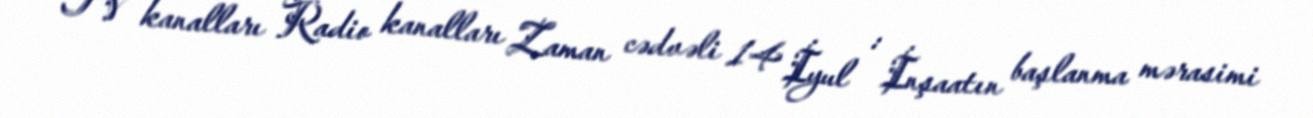
TV kanalları Radio kanalları Zaman cədvəli 14 İyul : İnşaatın başlanma mərasimi